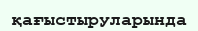
қағыстыруларында